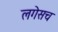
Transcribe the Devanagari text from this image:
लगेसच